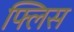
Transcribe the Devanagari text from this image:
फ्लिस